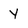
Character: Y